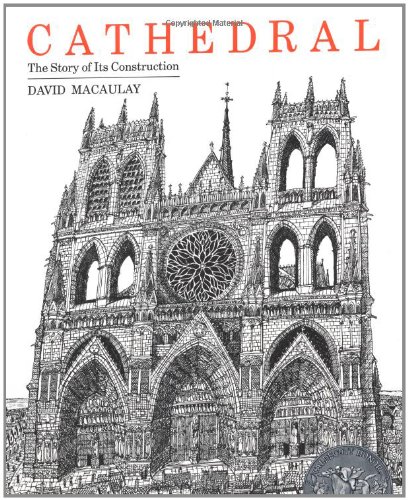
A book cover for Cathedral: The Story of Its Construction; David Macaulay; Children's Books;